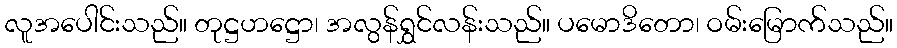
လူအပေါင်းသည်။ တုဋ္ဌဟဋ္ဌော၊ အလွန်ရွှင်လန်းသည်။ ပမောဒိတော၊ ဝမ်းမြောက်သည်။